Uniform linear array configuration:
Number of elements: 8
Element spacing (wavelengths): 0.25
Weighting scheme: hann
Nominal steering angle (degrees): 0
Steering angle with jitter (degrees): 0.3882
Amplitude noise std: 0.05
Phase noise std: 0.05

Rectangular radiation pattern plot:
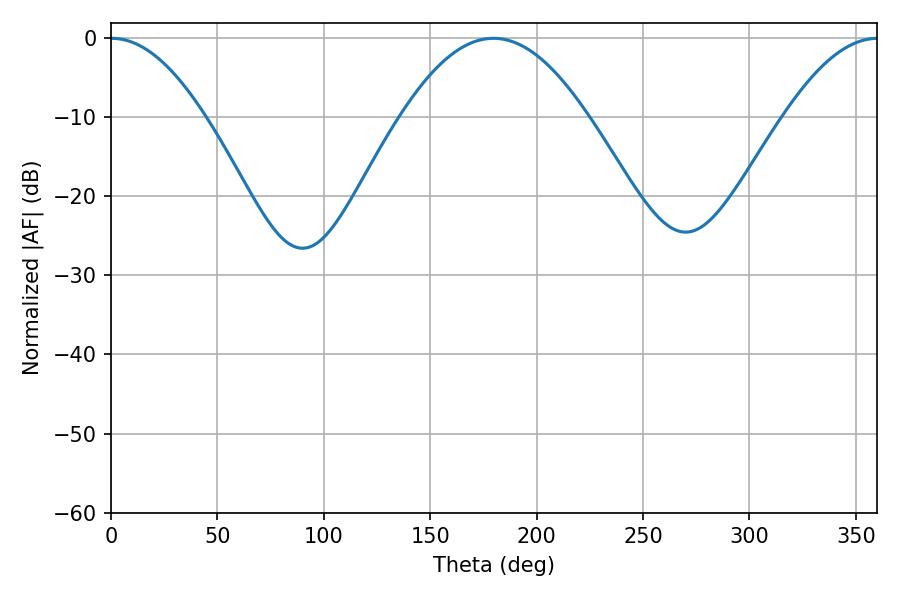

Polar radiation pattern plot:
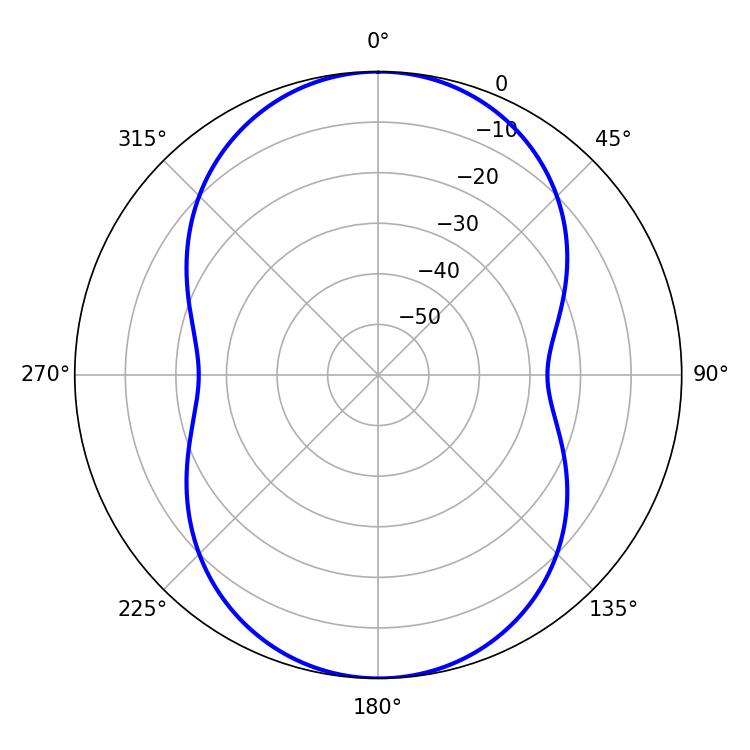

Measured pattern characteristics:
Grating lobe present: FALSE
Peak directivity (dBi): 39.96
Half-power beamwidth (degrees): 24.12
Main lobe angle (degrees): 0.36